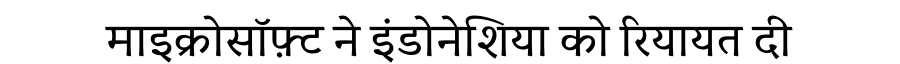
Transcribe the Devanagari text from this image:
माइक्रोसॉफ़्ट ने इंडोनेशिया को रियायत दी